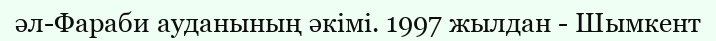
әл-Фараби ауданының әкімі. 1997 жылдан - Шымкент